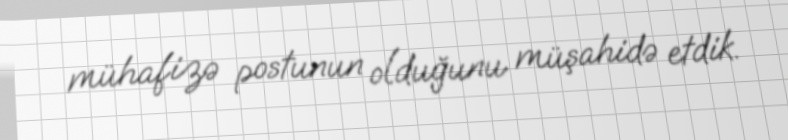
mühafizə postunun olduğunu müşahidə etdik.